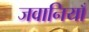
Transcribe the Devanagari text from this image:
जवानियाँ